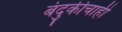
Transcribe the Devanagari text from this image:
बंदुकीचाही